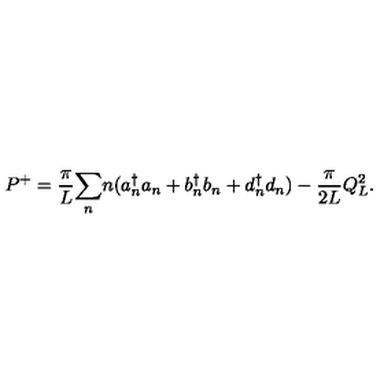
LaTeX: P ^ { + } = { \frac { \pi } { L } } { \sum _ { n } } n ( a { _ n ^ { \dagger } } a _ { n } + b { _ n ^ { \dagger } } b _ { n } + d { _ n ^ { \dagger } } d _ { n } ) - { \frac { \pi } { 2 L } } Q _ { L } ^ { 2 } .